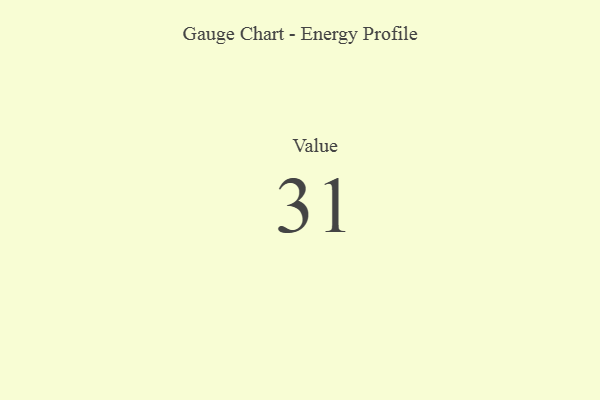
{"axis": {"x": "Metric", "y": "Value"}, "legend": [""], "data": [{"x": "Value", "y": 31, "type": ""}]}